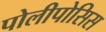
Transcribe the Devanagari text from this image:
पोलीपोसिस